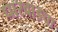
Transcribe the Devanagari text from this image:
धारवाडचा